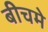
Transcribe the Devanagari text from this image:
बीचमे